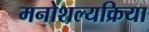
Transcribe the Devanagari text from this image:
मनोशल्यक्रिया